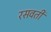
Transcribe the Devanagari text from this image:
रसवती